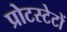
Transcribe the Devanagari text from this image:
प्रोटस्टेटों